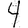
Digit: 4